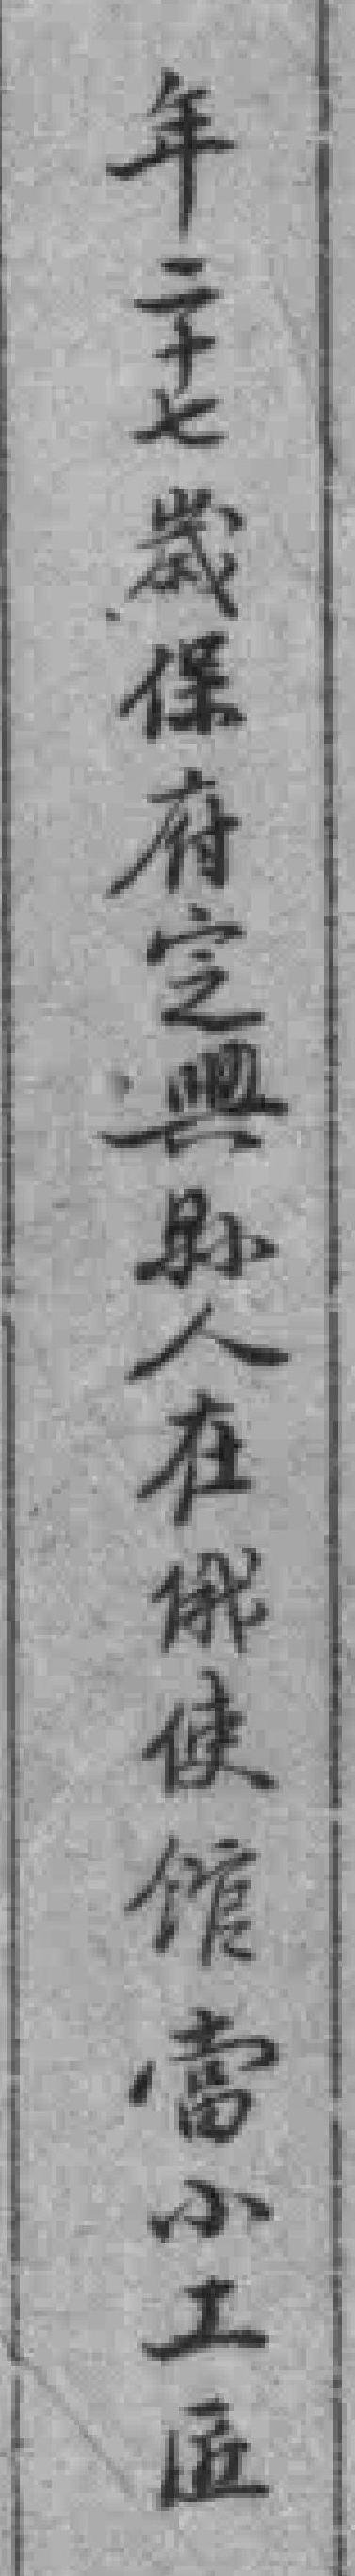
年二十七歲保府㝎興縣人在俄使馆當小工匠